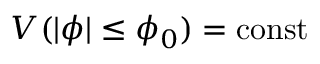
V ( | \phi | \leq \phi _ { 0 } ) = \mathrm { c o n s t }